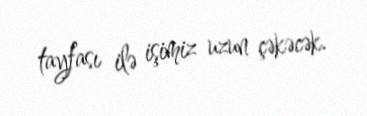
tayfası ilə işimiz uzun çəkəcək.